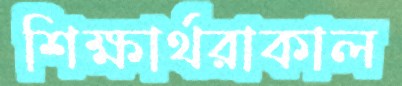
শিক্ষার্থরাকাল